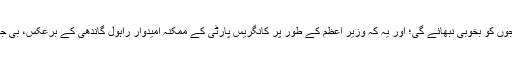
دو میں سے ایک شخص کا خیال ہے کہ بی جے پی قوم کو درپیش آدھے درجن چیلنجوں کو بخوبی نبھائے گی؛ اور یہ کہ وزیر اعظم کے طور پر کانگریس پارٹی کے ممکنہ امیدوار راہول گاندھی کے برعکس، بی جے پی کے وزارت عظمیٰ کے امیدوار، نریندرا مودی زیادہ مقبول دکھائی دیتے ہیں۔